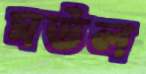
মউল